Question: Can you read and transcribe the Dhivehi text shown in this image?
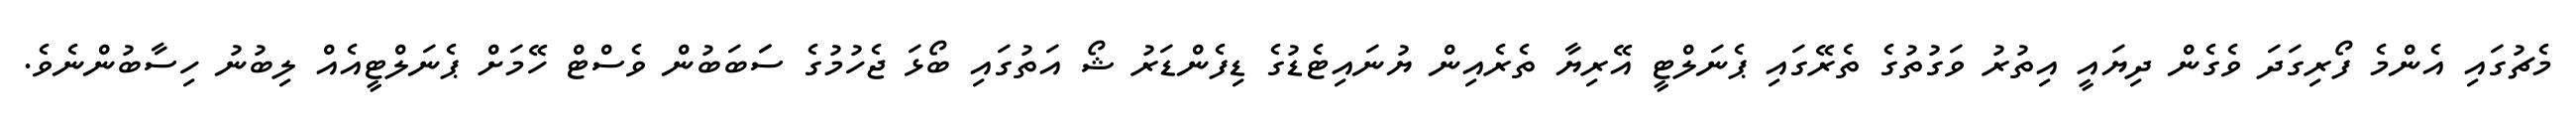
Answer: މެޗުގައި އެންމެ ފޯރިގަދަ ވެގެން ދިޔައީ އިތުރު ވަގުތުގެ ތެރޭގައި ޕެނަލްޓީ އޭރިޔާ ތެރެއިން ޔުނައިޓެޑުގެ ޑިފެންޑަރު ޝޯ އަތުގައި ބޯޅަ ޖެހުމުގެ ސަަބަބުން ވެސްޓް ހޭމަށް ޕެނަލްޓީއެއް ލިބުނު ހިސާބުންނެވެ.